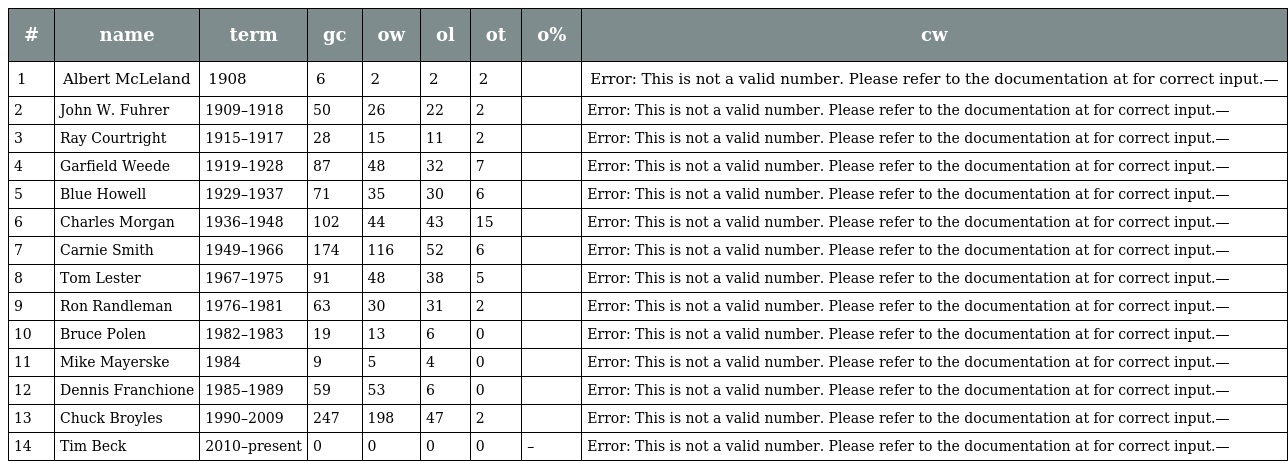
| # | name | term | gc | ow | ol | ot | o% | cw |
 | --- | --- | --- | --- | --- | --- | --- | --- | --- |
 | 1 | Albert McLeland | 1908 | 6 | 2 | 2 | 2 |  | Error: This is not a valid number. Please refer to the documentation at for correct input.— |
 | 2 | John W. Fuhrer | 1909–1918 | 50 | 26 | 22 | 2 |  | Error: This is not a valid number. Please refer to the documentation at for correct input.— |
 | 3 | Ray Courtright | 1915–1917 | 28 | 15 | 11 | 2 |  | Error: This is not a valid number. Please refer to the documentation at for correct input.— |
 | 4 | Garfield Weede | 1919–1928 | 87 | 48 | 32 | 7 |  | Error: This is not a valid number. Please refer to the documentation at for correct input.— |
 | 5 | Blue Howell | 1929–1937 | 71 | 35 | 30 | 6 |  | Error: This is not a valid number. Please refer to the documentation at for correct input.— |
 | 6 | Charles Morgan | 1936–1948 | 102 | 44 | 43 | 15 |  | Error: This is not a valid number. Please refer to the documentation at for correct input.— |
 | 7 | Carnie Smith | 1949–1966 | 174 | 116 | 52 | 6 |  | Error: This is not a valid number. Please refer to the documentation at for correct input.— |
 | 8 | Tom Lester | 1967–1975 | 91 | 48 | 38 | 5 |  | Error: This is not a valid number. Please refer to the documentation at for correct input.— |
 | 9 | Ron Randleman | 1976–1981 | 63 | 30 | 31 | 2 |  | Error: This is not a valid number. Please refer to the documentation at for correct input.— |
 | 10 | Bruce Polen | 1982–1983 | 19 | 13 | 6 | 0 |  | Error: This is not a valid number. Please refer to the documentation at for correct input.— |
 | 11 | Mike Mayerske | 1984 | 9 | 5 | 4 | 0 |  | Error: This is not a valid number. Please refer to the documentation at for correct input.— |
 | 12 | Dennis Franchione | 1985–1989 | 59 | 53 | 6 | 0 |  | Error: This is not a valid number. Please refer to the documentation at for correct input.— |
 | 13 | Chuck Broyles | 1990–2009 | 247 | 198 | 47 | 2 |  | Error: This is not a valid number. Please refer to the documentation at for correct input.— |
 | 14 | Tim Beck | 2010–present | 0 | 0 | 0 | 0 | – | Error: This is not a valid number. Please refer to the documentation at for correct input.— |